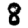
Digit: 8